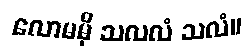
လောမမှိ သလလံ သလံ။